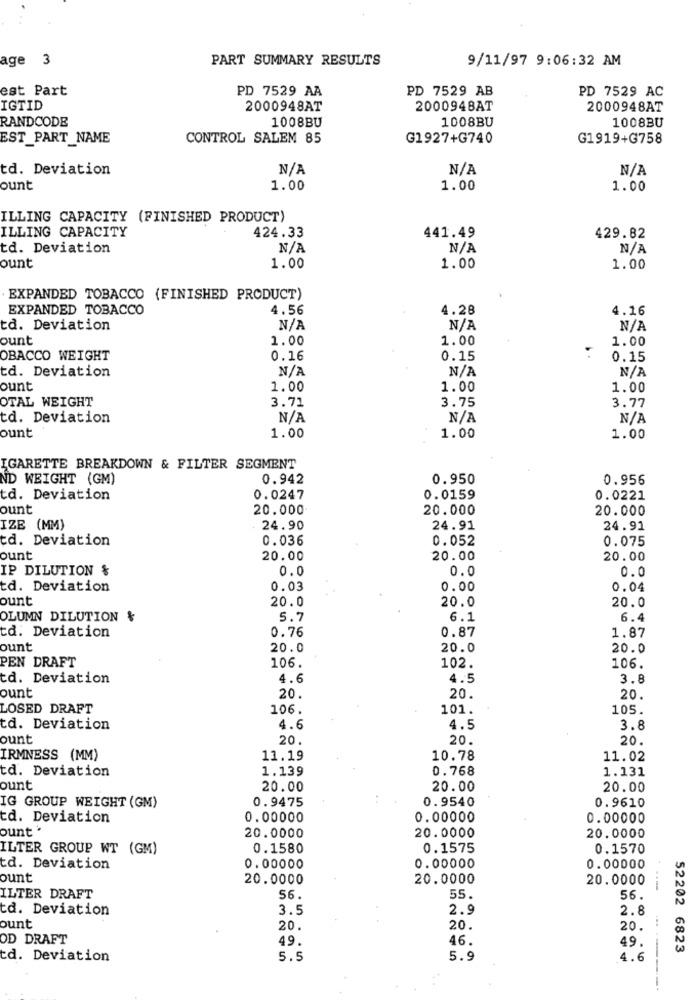
age 3
PART SUMMARY RESULTS
9/11/97 9:06:32 AM
est Part
PD 7529 AA
PD 7529 AB
PD 7529 AC
IGTID
2000948AT
2000948AT
2000948AT
RANDCODE
1008BU
1008BU
1008BU
EST_PART_NAME
CONTROL SALEM 85
G1927+G740
G1919+G758
td. Deviation
ount
1.00
1.00
1.00
ILLING CAPACITY (FINISHED PRODUCT)
ILLING CAPACITY
424.33
441.49
429.82
td. Deviation
ount
1.00
1.00
1.00
EXPANDED TOBACCO (FINISHED PRODUCT)
EXPANDED TOBACCO
4.56
4.28
4.16
td. Deviation
ount
1.00
1.00
1.00
OBACCO WEIGHT
0.16
0.15
0.15
td. Deviation
ount
1.00
1.00
1.00
OTAL WEIGHT
3.71
3.75
3.77
td. Deviation
ount
1.00
1.00
1.00
IGARETTE BREAKDOWN & FILTER SEGMENT
ND WEIGHT (GM)
0.942
0.950
0.956
td. Deviation
0.0247
0.0159
0.0221
ount
20.000
20.000
20.000
IZE (MM)
24.90
24.91
24.91
td. Deviation
0.036
0.052
0.075
ount
20.00
20.00
20.00
IP DILUTION &
0.0
0.0
0.0
td. Deviation
0.03
0.00
0.04
ount
20.0
20.0
20.0
OLUMN DILUTION &
5.7
6.1
6.4
0.76
0.87
1.87
td. Deviation
ount
20.0
20.0
20.0
PEN DRAFT
106.
102.
106.
td. Deviation
4.6
4.5
3.8
ount
20.
20.
20.
LOSED DRAFT
106.
101.
105.
td. Deviation
4.6
4.5
3.8
ount
20.
20.
20.
IRMNESS (MM)
11.19
10.78
11.02
td. Deviation
1.139
0.768
1.131
ount
20.00
20.00
20.00
0.9475
0.9540
IG GROUP WEIGHT (GM)
0.9610
td. Deviation
0.00000
0.00000
0.00000
ount *
20.0000
20.0000
20.0000
ILTER GROUP WT (GM)
0.1580
0.1575
0.1570
td. Deviation
0.00000
0.00000
0.00000
ount
20.0000
20.0000
20.0000
ILTER DRAFT
56.
55.
56.
td. Deviation
3.5
2.9
2.8
ount
20.
20.
20.
OD DRAFT
49
46.
49.
52202 6823
td. Deviation
5.5
5.9
4.6
-----